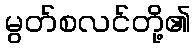
မွတ်စလင်တို့၏